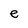
Character: e